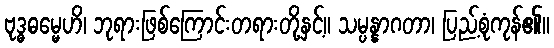
ဗုဒ္ဓဓမ္မေဟိ၊ ဘုရားဖြစ်ကြောင်းတရားတို့နှင့်။ သမ္ပန္နာဂတာ၊ ပြည့်စုံကုန်၏။